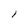
Character: l